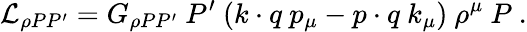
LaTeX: {\cal L}_{\rho PP^{\prime}}=G_{\rho PP^{\prime}}\ P^{\prime}\ (k\cdot q\ p_{\mu}-p\cdot q\ k_{\mu})\ \rho^{\mu}\ P\ .